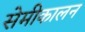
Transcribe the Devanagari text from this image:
सेमीकालन